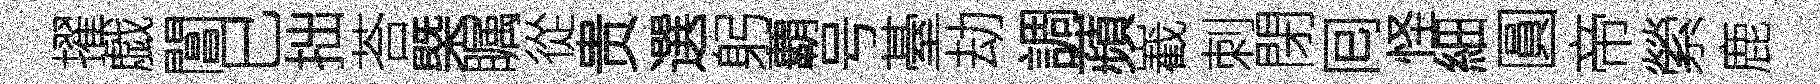
擢戯閶巳拙荅槩瞩從贵選躬覇号䑓劫調蘋嶻刺閉囘怪細圓帝縈鹿